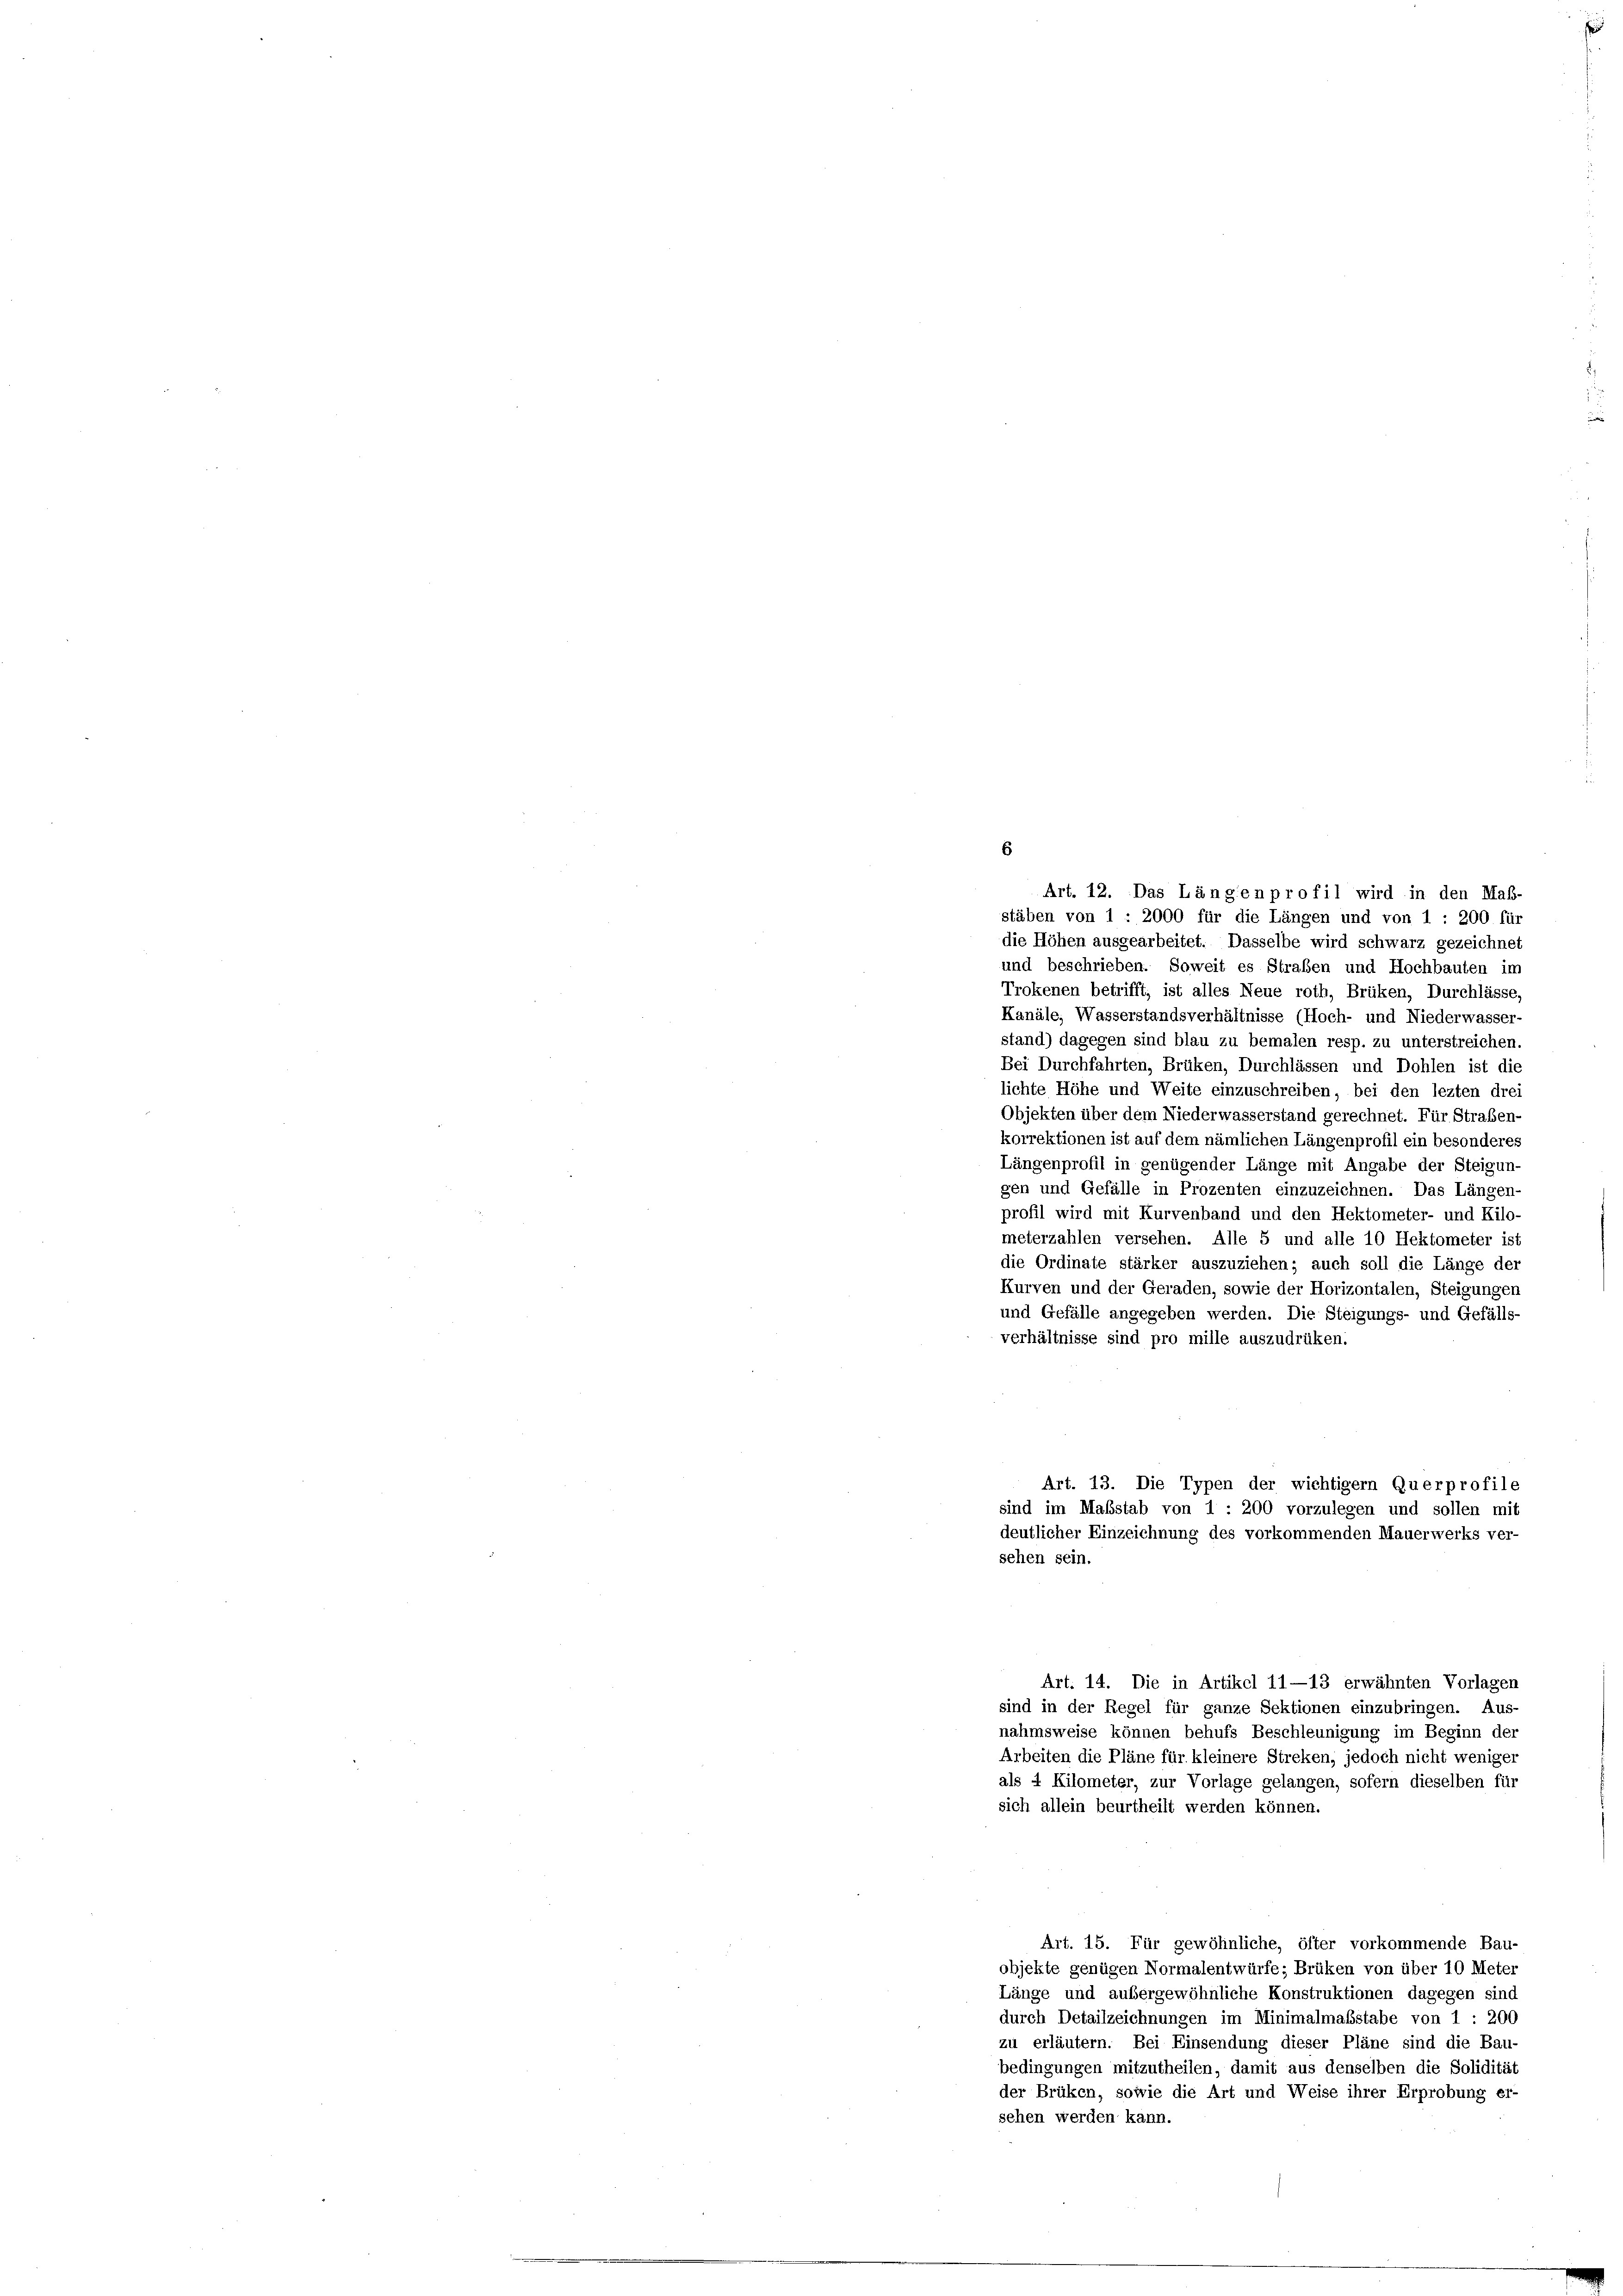
6
Kurven und der Geraden, sowie der Horizontalen, Steigungen
und Gefälle angegeben werden. Die Steigungs- und Gefälls-
verhältnisse sind pro mille auszudrüken.
Art. 14. Die in Artikel 11—13 erwähnten Vorlagen
sind in der Regel für ganze Sektionen einzubringen. Aus-
nahmsweise können behufs Beschleunigung im Beginn der
Arbeiten die Pläne für kleinere Streken, jedoch nicht weniger
als 4 Kilometer, zur Vorlage gelangen, sofern dieselben für
sich allein beurtheilt werden können.
Art. 15. Für gewöhnliche, öfter vorkommende Bau-
objekte genügen Normalentwürfe; Brüken von über 10 Meter
Länge und außergewöhnliche Konstruktionen dagegen sind
durch Detailzeichnungen im Minimalmaßstabe von 1 : 200
zu erläutern. Bei Einsendung dieser Pläne sind die Bau-
bedingungen mitzutheilen, damit aus denselben die Solidität
der Brüken, sowie die Art und Weise ihrer Erprobung er-
sehen werden kann.

Art. 12. Das Längen profil wird in den Maß-
stäben von 1 : 2000 für die Längen und von 1 : 200 für
die Höhen ausgearbeitet. Dasselbe wird schwarz gezeichnet
und beschrieben. Soweit es Straben und Hochbauten im
Trokenen betrifft, ist alles Neue roth, Brüken, Durchlässe,
Kanäle, Wasserstandsverhältnisse (Hoch- und Niederwasser-
stand) dagegen sind blau zu bemalen resp. zu unterstreichen.
Bei Durchfahrten, Brüken, Durchlässen und Dohlen ist die
lichte Höhe und Weite einzuschreiben, bei den lezten drei
Objekten über dem Niederwasserstand gerechnet. Für Straßen-
korrektionen ist auf dem nämlichen Längenprofil ein besonderes
Längenprofil in genügender Länge mit Angabe der Steigun-
gen und Gefälle in Prozenten einzuzeichnen. Das Längen-
profil wird mit Kurvenband und den Hektometer- und Kilo-
meterzahlen versehen. Alle 5 und alle 10 Hektometer ist
die Ordinate stärker auszuziehen; auch soll die Länge der

Art. 13. Die Typen der wichtigem Querprofile
sind im Maßstab von 1 : 200 vorzulegen und sollen mit
deutlicher Einzeichnung des vorkommenden Mauerwerks ver-
sehen sein.